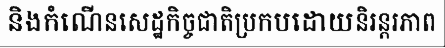
និងកំណើនសេដ្ឋកិច្ចជាតិប្រកបដោយនិរន្តរភាព